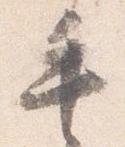
手